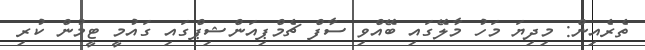
ތެރެއިން: މިދިޔަ މަހު މާލޭގައި ބޭއްވި ސާފް ޗެމްޕިއަންޝިޕްގައި ގައުމީ ޓީމުން ކުރި